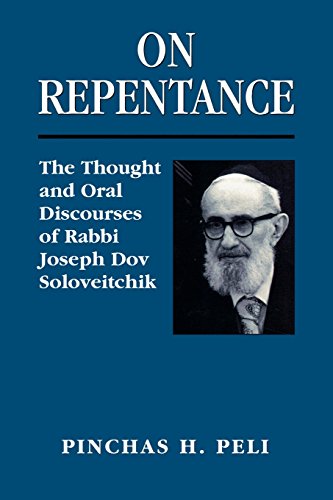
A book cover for On Repentance: The Thought and Oral Discourses of Rabbi Joseph Dov Soloveitchik; Pinchas H. Peli; Religion & Spirituality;